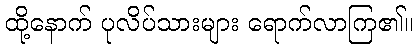
ထို့နောက် ပုလိပ်သားများ ရောက်လာကြ၏။